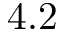
4 . 2